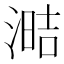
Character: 𰜧